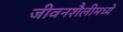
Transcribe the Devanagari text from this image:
जीवनशैलीमध्ये